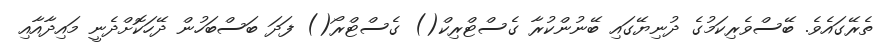
ތެރޭގައެވެ. ބޭސްވެރިކަމުގެ ދުނިޔޭގައި ބޭނުންކުރާ ގެސްޓްރިކް() ގެސްޓްރޯ() ފަދަ ބަސްބަހުން ދޭހަކޮށްދެނީ މައިދާއާއި